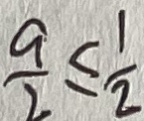
\frac { a } { 2 } \leq \frac { 1 } { 2 }